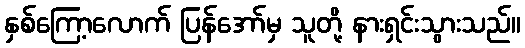
နှစ်ကြော့လောက် ပြန်အော်မှ သူတို့ နားရှင်းသွားသည်။